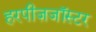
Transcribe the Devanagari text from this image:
हरपीज़जॉस्टर